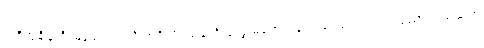
အဲဒီအချိန်ထိ မြန်မာပြည်ကို အင်္ဂလိပ်သင်္ဘောတွေ မရောက်သေးပေမယ့် ၁၇၅၂ ညောင်ရမ်းဆက်